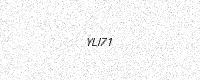
Text: YLI71